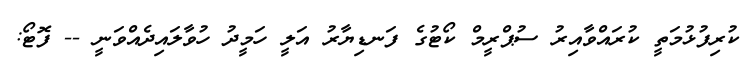
ކުރިފުޅުމަތީ ކުރައްވާއިރު ސުޕްރީމް ކޯޓުގެ ފަނޑިޔާރު އަލީ ހަމީދު ހުވާލައިދެއްވަނީ -- ފޮޓޯ: